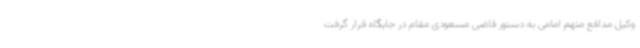
وکیل مدافع متهم امامی به دستور قاضی مسعودی مقام در جایگاه قرار گرفت